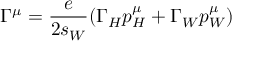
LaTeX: \Gamma ^ { \mu } = \frac { e } { 2 s _ { W } } ( \Gamma _ { H } p _ { H } ^ { \mu } + \Gamma _ { W } p _ { W } ^ { \mu } )